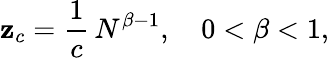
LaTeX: \mathbf{z}_{c}=\frac{{1}}{{c}}\, N^{\beta-1},\quad0<\beta<1,